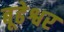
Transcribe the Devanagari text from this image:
बूढेश्वर